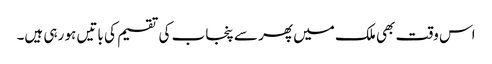
اس وقت بھی ملک میں پھر سے پنجاب کی تقسیم کی باتیں ہو رہی ہیں۔